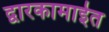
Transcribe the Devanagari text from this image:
द्वारकामाईत